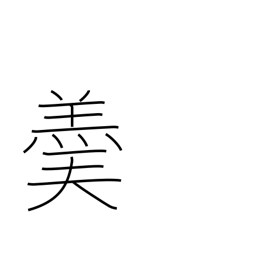
Meaning: hot soup